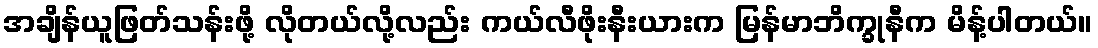
အချိန်ယူဖြတ်သန်းဖို့ လိုတယ်လို့လည်း ကယ်လီဖိုးနီးယားက မြန်မာဘိက္ခုနီက မိန့်ပါတယ်။